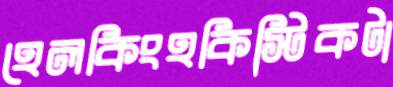
হেলকিংহকিস্টিকটা